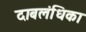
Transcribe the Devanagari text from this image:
दाबलंधिका